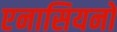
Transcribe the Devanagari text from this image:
एनासियनों